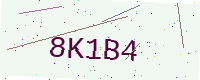
Text: 8K1B4